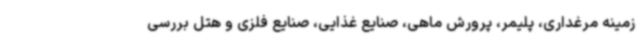
زمینه مرغداری، پلیمر، پرورش ماهی، صنایع غذایی، صنایع فلزی و هتل بررسی